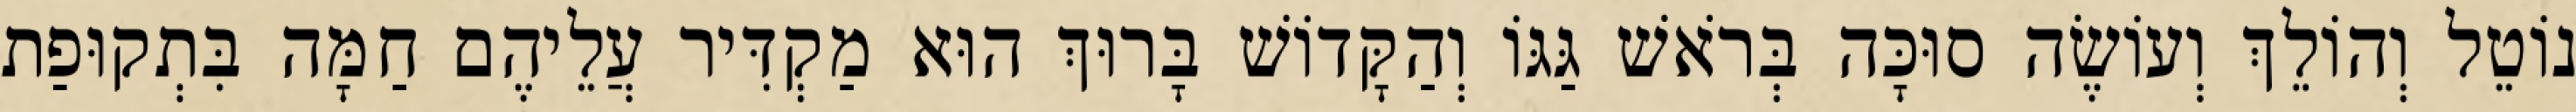
נוֹטֵל וְהוֹלֵךְ וְעוֹשֶׂה סוּכָּה בְּרֹאשׁ גַּגּוֹ וְהַקָּדוֹשׁ בָּרוּךְ הוּא מַקְדִּיר עֲלֵיהֶם חַמָּה בִּתְקוּפַת